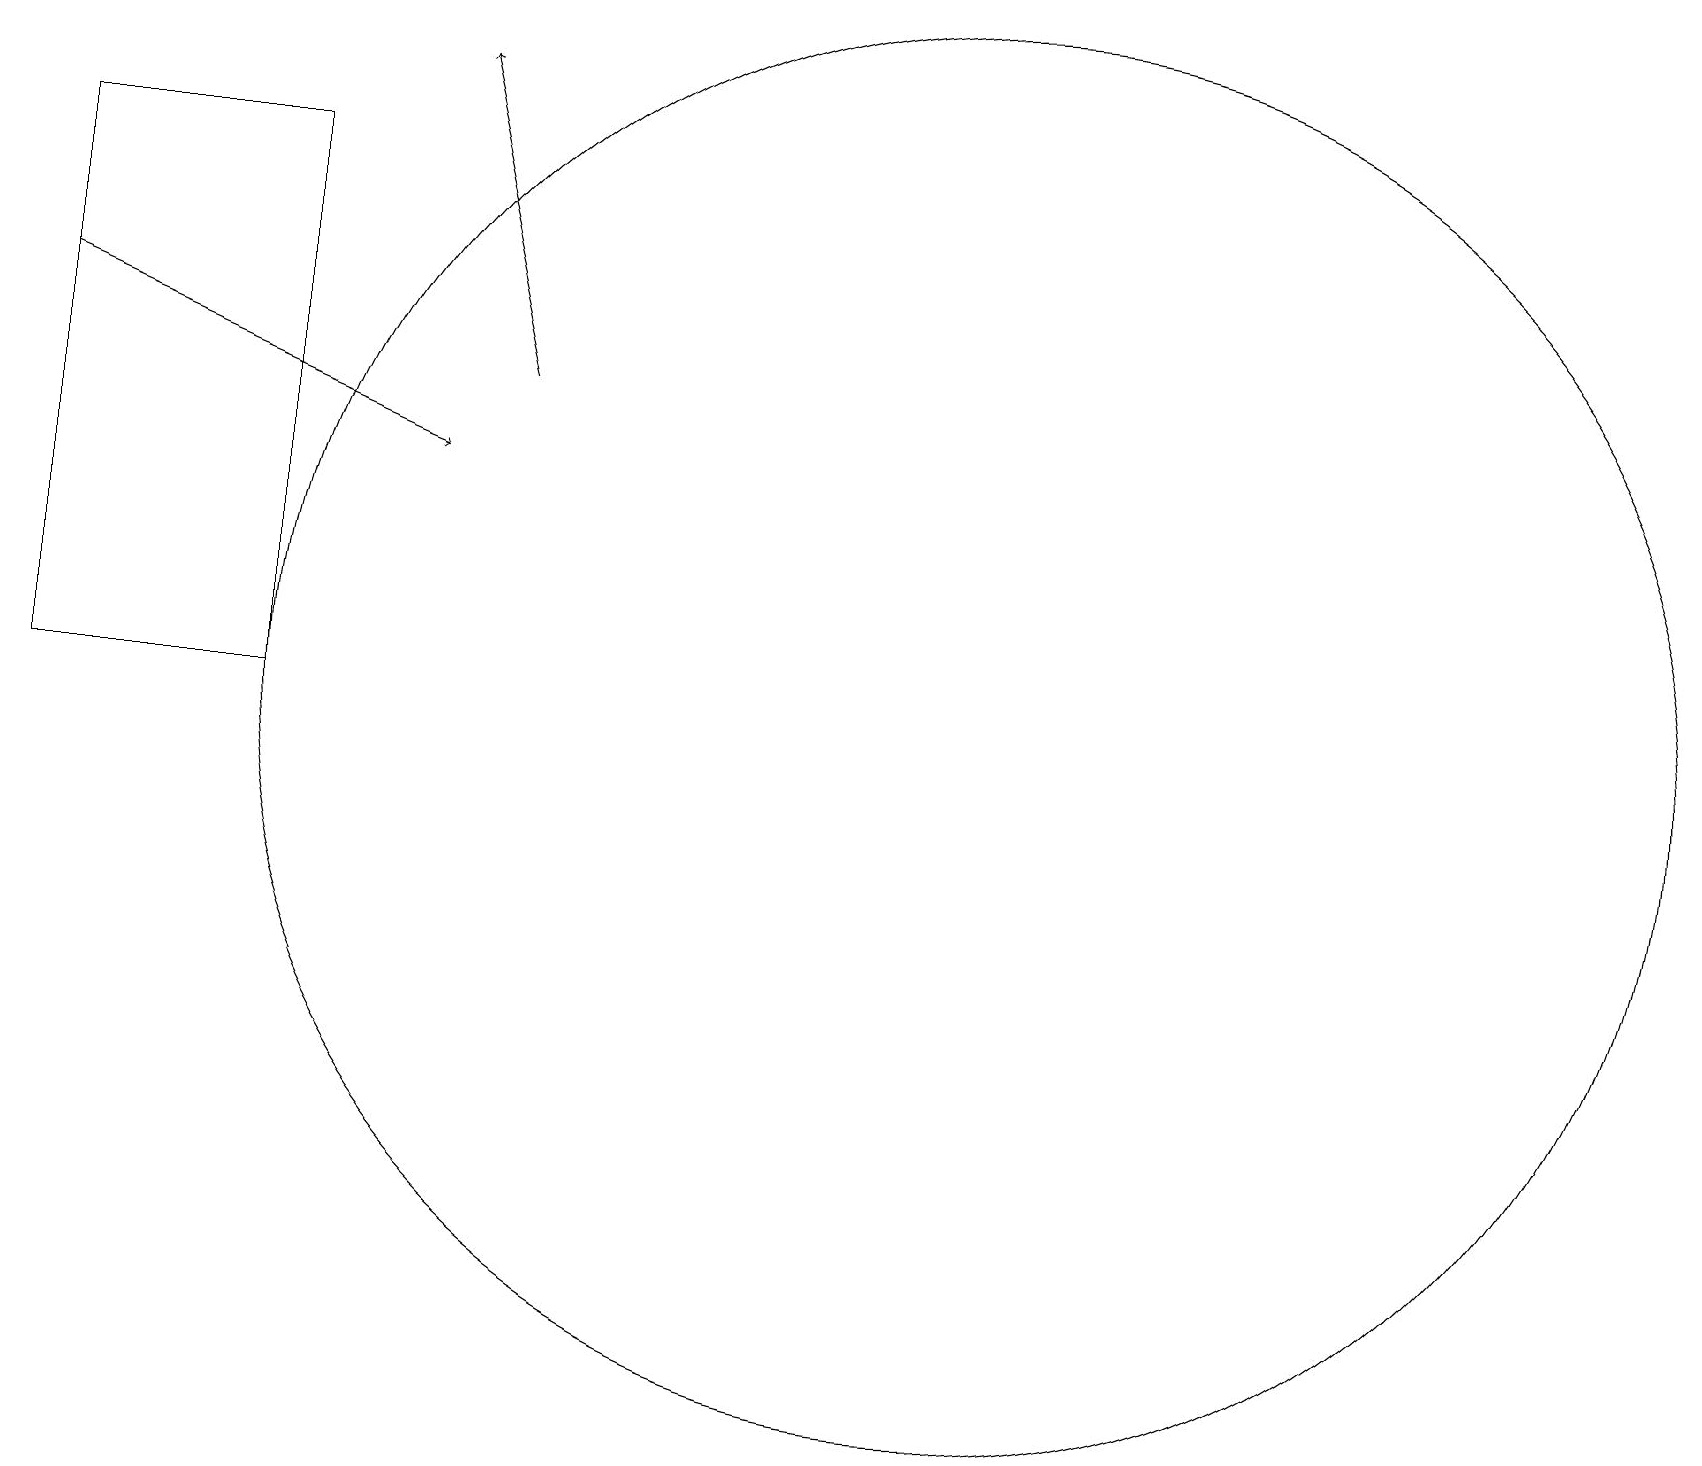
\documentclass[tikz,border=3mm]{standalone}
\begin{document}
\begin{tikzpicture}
\draw[->] (0,15) -- (5,13);
\draw[->] (6,14) -- (5,18);
\draw (12,10) circle (9);
\draw (0,17) rectangle (3,10);
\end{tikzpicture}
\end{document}